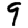
Digit: 9